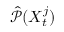
\hat { \mathcal { P } } ( X _ { t } ^ { j } )